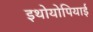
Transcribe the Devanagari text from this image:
इथोयोपियाई